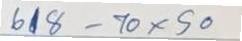
618 - 70 x 50